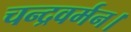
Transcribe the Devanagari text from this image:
चन्द्रवर्मन।